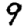
Digit: 9